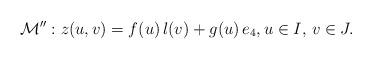
LaTeX: \begin{align*} \mathcal{M}'': z(u,v) = f(u)\, l(v) + g(u) \,e_4, u \in I, \, v \in J.\end{align*}